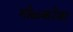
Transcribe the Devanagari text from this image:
गोळ्कोंडा